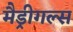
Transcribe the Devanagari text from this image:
मैड्रीगल्स